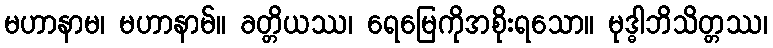
မဟာနာမ၊ မဟာနာမ်။ ခတ္တိယဿ၊ ရေမြေကိုအစိုးရသော။ မုဒ္ဓါဘိသိတ္တဿ၊